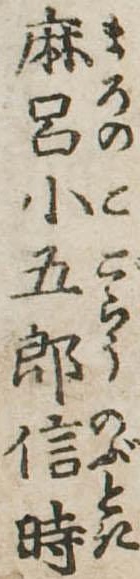
麻呂小五郎信時